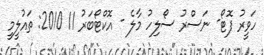
ހަވީރު ފޮޓޯ- ނަސްރު ސޯލިހު މާލެ - އޮކްޓޯބަރު 11 2010: ތައުލީމީ